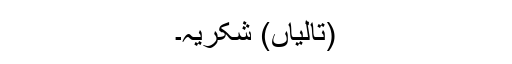
(تالیاں) شکریہ۔